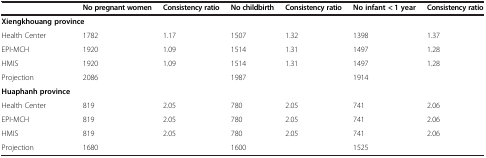
|  | No pregnant women | Consistency ratio | No childbirth | Consistency ratio | No infant < 1 year | Consistency ratio |
 | --- | --- | --- | --- | --- | --- | --- |
 | <COLSPAN=7> Xiengkhouang province |
 | Health Center | 1782 | 1.17 | 1507 | 1.32 | 1398 | 1.37 |
 | EPI-MCH | 1920 | 1.09 | 1514 | 1.31 | 1497 | 1.28 |
 | HMIS | 1920 | 1.09 | 1514 | 1.31 | 1497 | 1.28 |
 | Projection | 2086 |  | 1987 |  | 1914 |  |
 | <COLSPAN=7> Huaphanh province |
 | Health Center | 819 | 2.05 | 780 | 2.05 | 741 | 2.06 |
 | EPI-MCH | 819 | 2.05 | 780 | 2.05 | 741 | 2.06 |
 | HMIS | 819 | 2.05 | 780 | 2.05 | 741 | 2.06 |
 | Projection | 1680 |  | 1600 |  | 1525 |  |